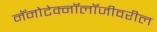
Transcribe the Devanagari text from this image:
नॅनोटेक्नॉलॉजीवरील